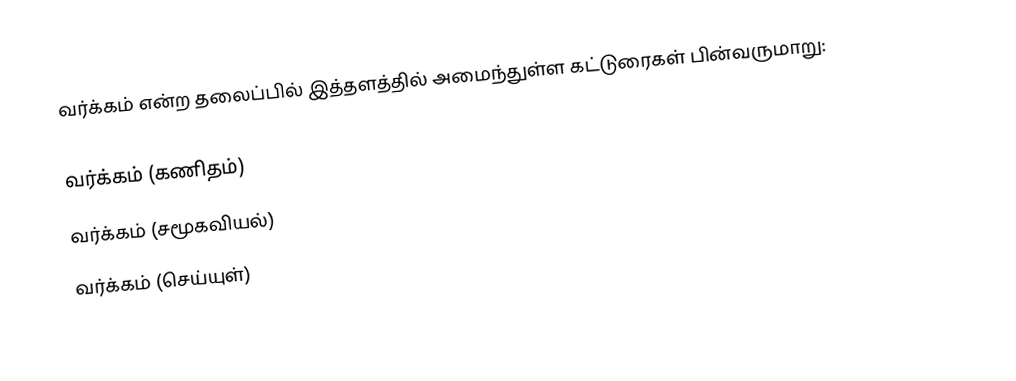
வர்க்கம் என்ற தலைப்பில் இத்தளத்தில் அமைந்துள்ள கட்டுரைகள் பின்வருமாறு:

 வர்க்கம் (கணிதம்)
 வர்க்கம் (சமூகவியல்)
 வர்க்கம் (செய்யுள்)